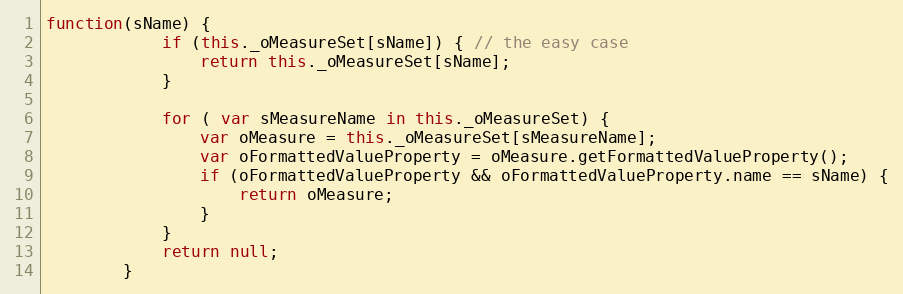
Language: JavaScript
function(sName) {
			if (this._oMeasureSet[sName]) { // the easy case
				return this._oMeasureSet[sName];
			}

			for ( var sMeasureName in this._oMeasureSet) {
				var oMeasure = this._oMeasureSet[sMeasureName];
				var oFormattedValueProperty = oMeasure.getFormattedValueProperty();
				if (oFormattedValueProperty && oFormattedValueProperty.name == sName) {
					return oMeasure;
				}
			}
			return null;
		}